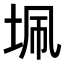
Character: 𭎖